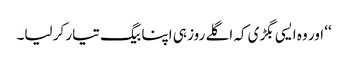
‘‘ اور وہ ایسی بگڑی کہ اگلے روز ہی اپنا بیگ تیار کر لیا۔